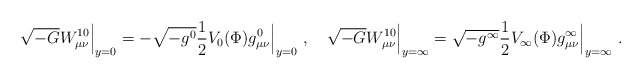
\begin{align*} \sqrt{-G}W^{10}_{\mu\nu}\Big|_{y=0}=-\sqrt{-g^{0}}\frac{1}{2}V_{0}(\Phi)g^{0}_{\mu\nu}\Bigr|_{y=0}\ ,\quad\sqrt{-G}W^{10}_{\mu\nu}\Big|_{y=\infty}=\sqrt{-g^{\infty}}\frac{1}{2}V_{\infty}(\Phi)g^{\infty}_{\mu\nu}\Bigr|_{y=\infty}\ .\end{align*}